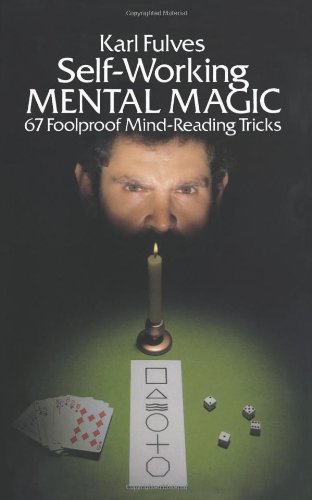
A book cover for Self-Working Mental Magic (Dover Magic Books); Karl Fulves; Humor & Entertainment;